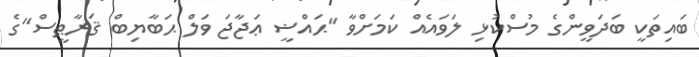
ބައިތަކީ ބަދަވީންގެ މުސްކުޅި ލަވައެއް ކަމަށްވާ "ޙައްޟީ ޢަޖާޖަ ވަލް ޙަބާޔިބް ޤަރާޠީސް"ގެ